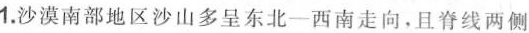
1.沙漠南部地区沙山多呈东北-西南走向，且脊线两侧